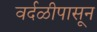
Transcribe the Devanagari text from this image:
वर्दळीपासून